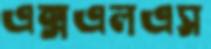
এক্সএলএস